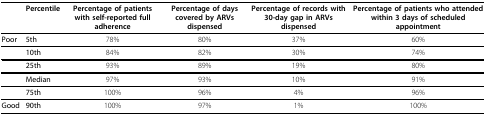
|  | Percentile | Percentage of patients with self-reported full adherence | Percentage of days covered by ARVs dispensed | Percentage of records with 30-day gap in ARVs dispensed | Percentage of patients who attended within 3 days of scheduled appointment |
 | --- | --- | --- | --- | --- | --- |
 | Poor | 5th | 78% | 80% | 37% | 60% |
 |  | 10th | 84% | 82% | 30% | 74% |
 |  | 25th | 93% | 89% | 19% | 80% |
 |  | Median | 97% | 93% | 10% | 91% |
 |  | 75th | 100% | 96% | 4% | 96% |
 | Good | 90th | 100% | 97% | 1% | 100% |